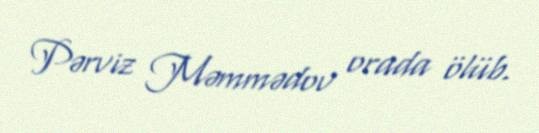
Pərviz Məmmədov orada ölüb.